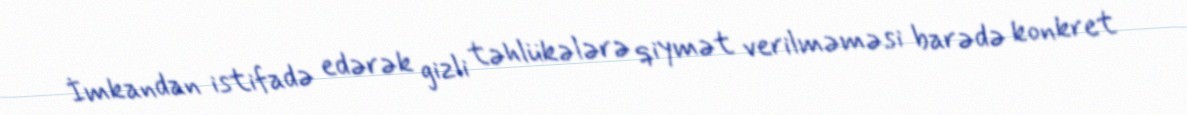
İmkandan istifadə edərək gizli təhlükələrə qiymət verilməməsi barədə konkret